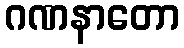
ဂဏနာတော